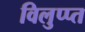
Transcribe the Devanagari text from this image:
विलुप्प्त